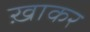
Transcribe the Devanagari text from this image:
ख़ाकर